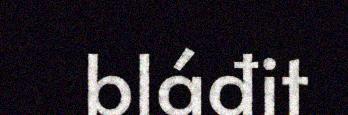
bláđit